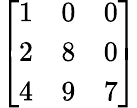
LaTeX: \left[\begin{array}{lll}{1}&{0}&{0}\\ {2}&{8}&{0}\\ {4}&{9}&{7}\end{array}\right]